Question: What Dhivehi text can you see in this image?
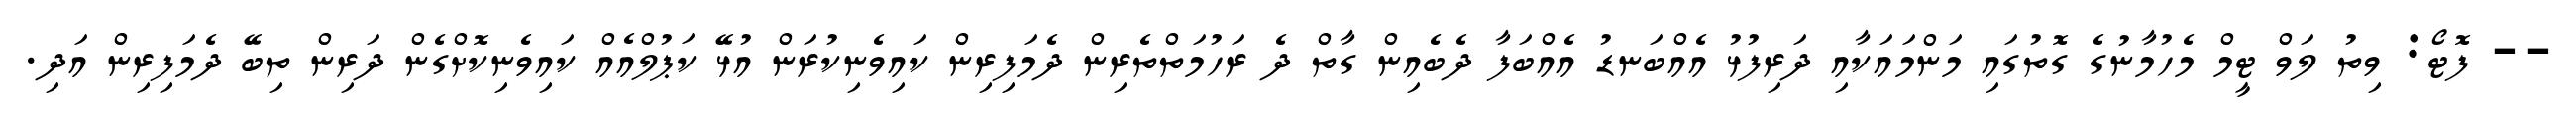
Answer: -- ފޮޓޯ: ވިތު ލަވް ޓީމް މެހުމާނުގެ ގޮތުގައި މަންމައަކާއި ދަރިފުޅު އެއްބަނޑު އެއްބަފާ ދެބެއިން ގާތް ދެ ރަހުމަތްތެރިން ދެމަފިރިން ކައިވެނިކުރަން އުޅޭ ކަޕުލްއެއް ކައިވެނިކޮށްގެން ދަރިން ތިބޭ ދެމަފިރިން އަދި.